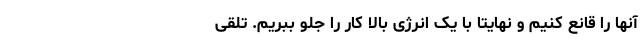
آنها را قانع کنیم و نهایتا با یک انرژی بالا کار را جلو ببریم. تلقی